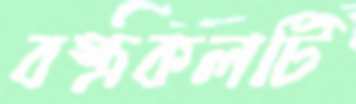
বস্ত্রকলটি